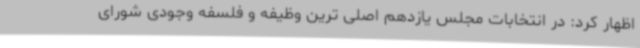
اظهار کرد: در انتخابات مجلس یازدهم اصلی ترین وظیفه و فلسفه وجودی شورای